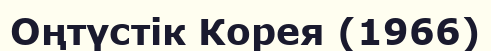
Оңтүстік Корея (1966)